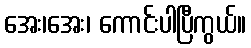
အေး၊အေး၊ ကောင်းပါပြီကွယ်။